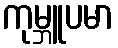
ကုမ္ဘူပမာ